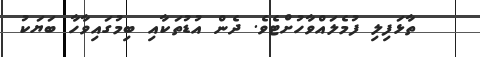
ތާޅަފިލި ފުމެލައްވާހުށްޓެވެ. ދެން އުޑުތަކާއި ބިމުގައިވާހާ ބަޔަކު